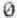
0